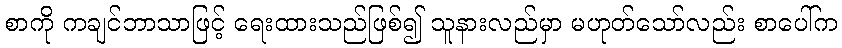
စာကို ကချင်ဘာသာဖြင့် ရေးထားသည်ဖြစ်၍ သူနားလည်မှာ မဟုတ်သော်လည်း စာပေါ်က